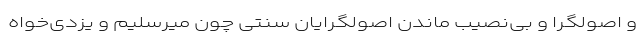
و اصولگرا و بی‌نصیب ماندن اصولگرایان سنتی چون میرسلیم و یزدی‌خواه